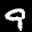
Label: 9